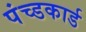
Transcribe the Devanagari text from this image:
पंच्डकार्ड